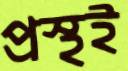
প্রস্থই